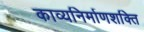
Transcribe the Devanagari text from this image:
काव्यनिर्माणशक्ति